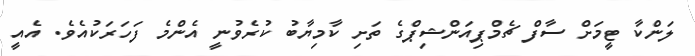
ލަންކާ ޓީމަށް ސާފް ޗެމްޕިއަންޝިޕްގެ ތަށި ކާމިޔާބު ކުރެވުނީ އެންމެ ފަހަރަކުއެވެ. އެއީ